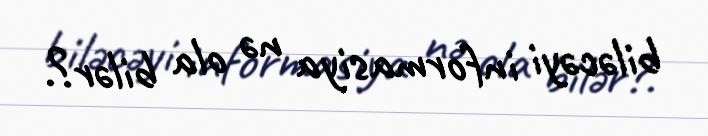
biləcəyi informasiya nə ola bilər?.